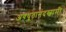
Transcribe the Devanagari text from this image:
अवधूतानंदस्वामी